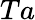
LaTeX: Ta